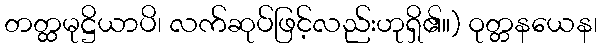
တတ္ထမုဋ္ဌိယာပိ၊ လက်ဆုပ်ဖြင့်လည်းဟုရှိ၏။) ဝုတ္တနယေန၊